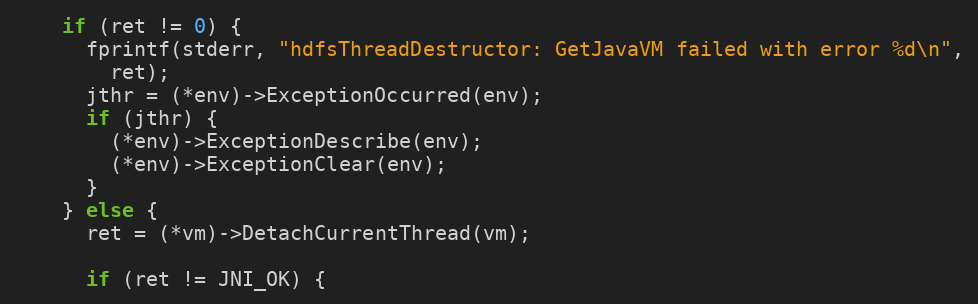
Language: C
    if (ret != 0) {
      fprintf(stderr, "hdfsThreadDestructor: GetJavaVM failed with error %d\n",
        ret);
      jthr = (*env)->ExceptionOccurred(env);
      if (jthr) {
        (*env)->ExceptionDescribe(env);
        (*env)->ExceptionClear(env);
      }
    } else {
      ret = (*vm)->DetachCurrentThread(vm);

      if (ret != JNI_OK) {